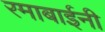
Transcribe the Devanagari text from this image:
रमाबाईनी